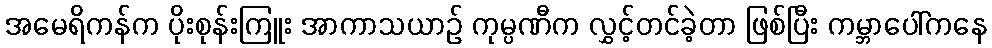
အမေရိကန်က ပိုးစုန်းကြူး အာကာသယာဉ် ကုမ္ပဏီက လွှင့်တင်ခဲ့တာ ဖြစ်ပြီး ကမ္ဘာပေါ်ကနေ